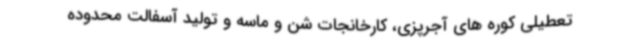
تعطیلی کوره های آجرپزی، کارخانجات شن و ماسه و تولید آسفالت محدوده